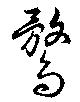
鶩